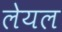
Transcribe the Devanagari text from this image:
लेयल